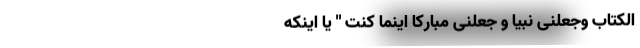
الْکِتَابَ وَجَعَلَنِی نَبِیًّا و جعلنی مبارکاً اینما کنت " یا اینکه